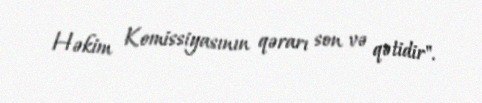
Həkim Komissiyasının qərarı son və qətidir".